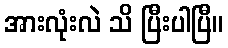
အားလုံးလဲ သိ ပြီးပါပြီ။